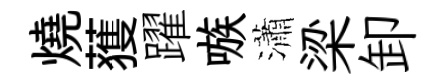
燒𫉬躍嗾瀟梁卸